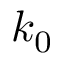
k _ { 0 }